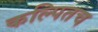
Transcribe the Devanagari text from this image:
कल्पितच